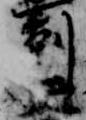
剋